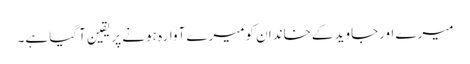
میرے اورجاوید کےخاندان کومیرے آوارہ ہونے پر یقین آگیا ہے۔